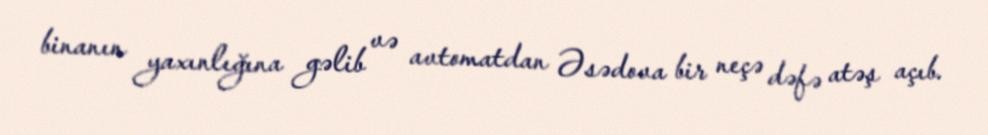
binanın yaxınlığına gəlib və avtomatdan Əsədova bir neçə dəfə atəş açıb.